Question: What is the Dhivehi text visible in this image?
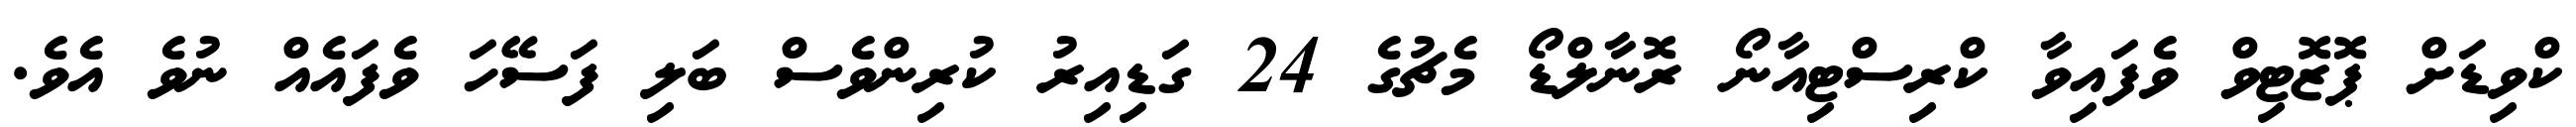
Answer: ކްވިޑަށް ޕޮޒޮޓިވް ވެފައިވާ ކްރިސްޓިއާނޯ ރޮނާލްޑޯ މެޗުގެ 24 ގަޑިއިރު ކުރިންވެސް ބަލި ފަސޭހަ ވެފައެއް ނުވެ އެވެ.